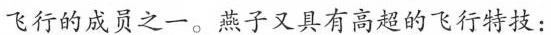
飞行的成员之一。燕子又具有高超的飞行特技：